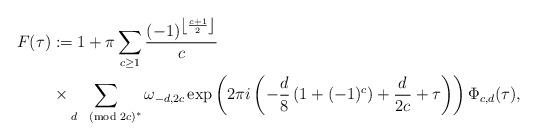
LaTeX: \begin{align*}F(\tau)&:=1+\pi\sum_{c\geq1}\frac{(-1)^{\left\lfloor \frac{c+1}{2}\right\rfloor}}{c}\\&\times\sum_{d\pmod{2c}^\ast}\omega_{-d,2c}\exp\left(2\pi i\left(-\frac{d}{8}\left(1+(-1)^c\right)+\frac{d}{2c}+\tau\right)\right)\Phi_{c,d}(\tau),\end{align*}